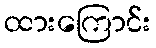
ထားကြောင်း